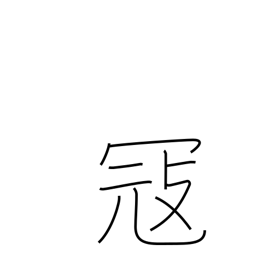
Meaning: feud